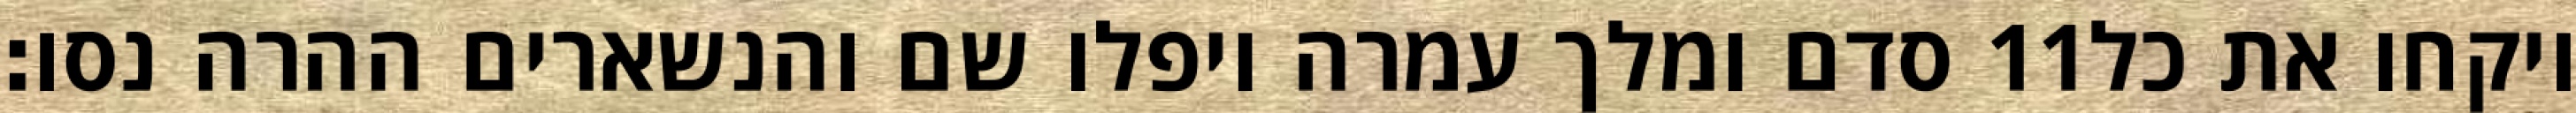
סדם ומלך עמרה ויפלו שם והנשארים ההרה נסו׃ ‎11‏ ויקחו את כל